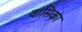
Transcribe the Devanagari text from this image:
वासिका